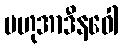
ဗဟုအာဒီနဝေါ